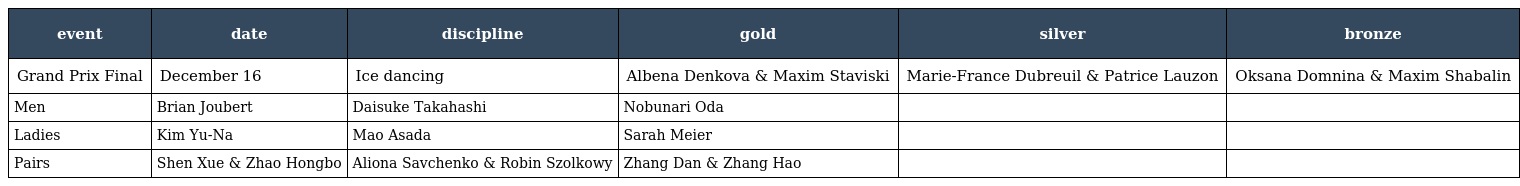
| event | date | discipline | gold | silver | bronze |
 | --- | --- | --- | --- | --- | --- |
 | Grand Prix Final | December 16 | Ice dancing | Albena Denkova & Maxim Staviski | Marie-France Dubreuil & Patrice Lauzon | Oksana Domnina & Maxim Shabalin |
 | Men | Brian Joubert | Daisuke Takahashi | Nobunari Oda |  |  |
 | Ladies | Kim Yu-Na | Mao Asada | Sarah Meier |  |  |
 | Pairs | Shen Xue & Zhao Hongbo | Aliona Savchenko & Robin Szolkowy | Zhang Dan & Zhang Hao |  |  |